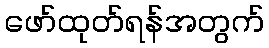
ဖော်ထုတ်ရန်အတွက်